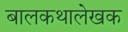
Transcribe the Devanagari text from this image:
बालकथालेखक